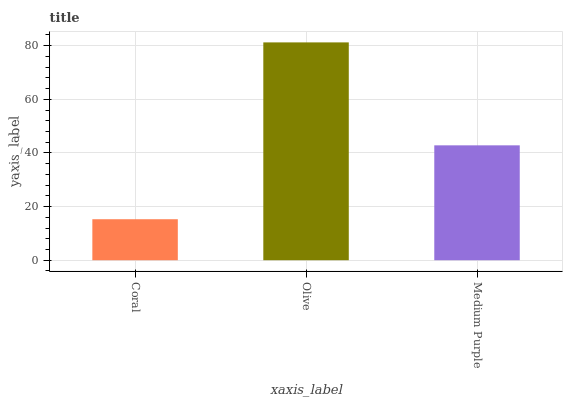
| xaxis_label | bars |
 | --- | --- |
 | Coral | 15.3 |
 | Olive | 81.2 |
 | Medium Purple | 42.8 |